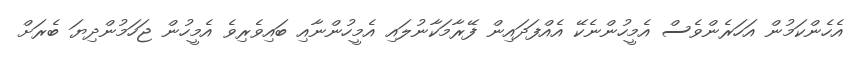
އެހެންކަމުން އަހަރެންވެސް އެމީހުންނެކޭ އެއްފަދައިން ފޭރާމަކާނުލައި އެމީހުންނާއި ބައިވެރިވެ އެމީހުން ޖަހަމުންދިޔަ ބެރަށް